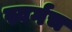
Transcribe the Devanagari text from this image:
स्वर्गच